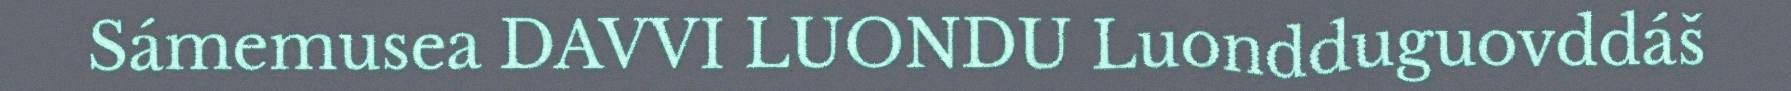
Sámemusea DAVVI LUONDU Luondduguovddáš